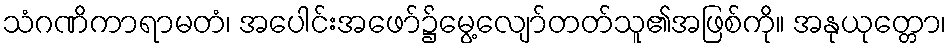
သံဂဏိကာရာမတံ၊ အပေါင်းအဖော်၌မွေ့လျော်တတ်သူ၏အဖြစ်ကို။ အနုယုတ္တော၊